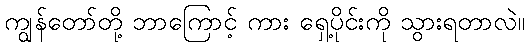
ကျွန်တော်တို့ ဘာကြောင့် ကား ရှေ့ပိုင်းကို သွားရတာလဲ။